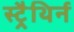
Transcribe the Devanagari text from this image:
स्ट्रैथिर्न